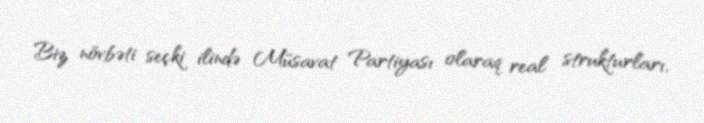
Biz növbəti seçki ilində Müsavat Partiyası olaraq real strukturları,